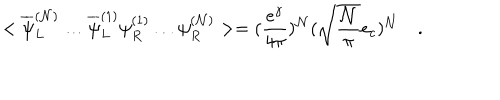
< \overline { { { \psi } } } _ { L } ^ { ( { \cal N } ) } \ldots \overline { { { \psi } } } _ { L } ^ { ( 1 ) } \psi _ { R } ^ { ( 1 ) } \ldots \psi _ { R } ^ { ( { \cal N } ) } > = ( \frac { e ^ { \gamma } } { 4 \pi } ) ^ { \cal N } ( \sqrt { \frac { \cal N } { \pi } } e _ { c } ) ^ { \cal N } \quad .